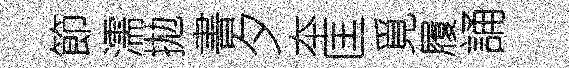
節濡拋書夕夲匡覓履誦